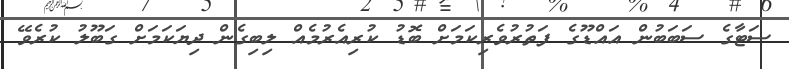
ސަޓާގެ ސަބަބުން އައްޑޫގެ ފަތުރުވެރިކަމަށް ބޮޑު ކުރިއެރުމެއް ލިބިގެން ދިޔަކަމަށް ގަބޫލު ކުރެވޭ